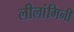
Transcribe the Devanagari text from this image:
लीलांगिनी